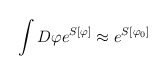
\begin{align*}\int D\varphi e^{S[\varphi]} \approx e^{S[\varphi _0]}\end{align*}